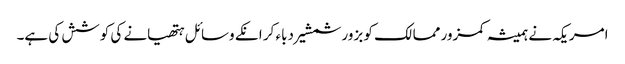
امریکہ نے ہمیشہ کمزور ممالک کو بزور شمشیر دباء کر انکے وسائل ہتھیانے کی کوشش کی ہے۔